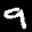
Label: 9